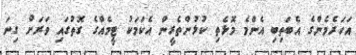
އަހަރެމެންގެ އެބަތިބި އެންމެ މޮޅެތި ކުޅުންތެރީން އެކަމަކު ޓީމެއްގެ ގޮތުގައި ވަރަށް ގިނަ